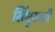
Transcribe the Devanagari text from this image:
सिंधुसाठी